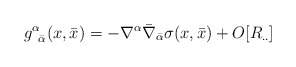
\begin{align*}g^{\alpha}_{\;\;{\bar \alpha}}( x, {\bar x}) =- \nabla^{\alpha} {\bar \nabla}_{\bar \alpha}\sigma (x, {\bar x}) + O[R_{..}]\end{align*}